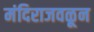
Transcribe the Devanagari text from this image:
मंदिराजवळून